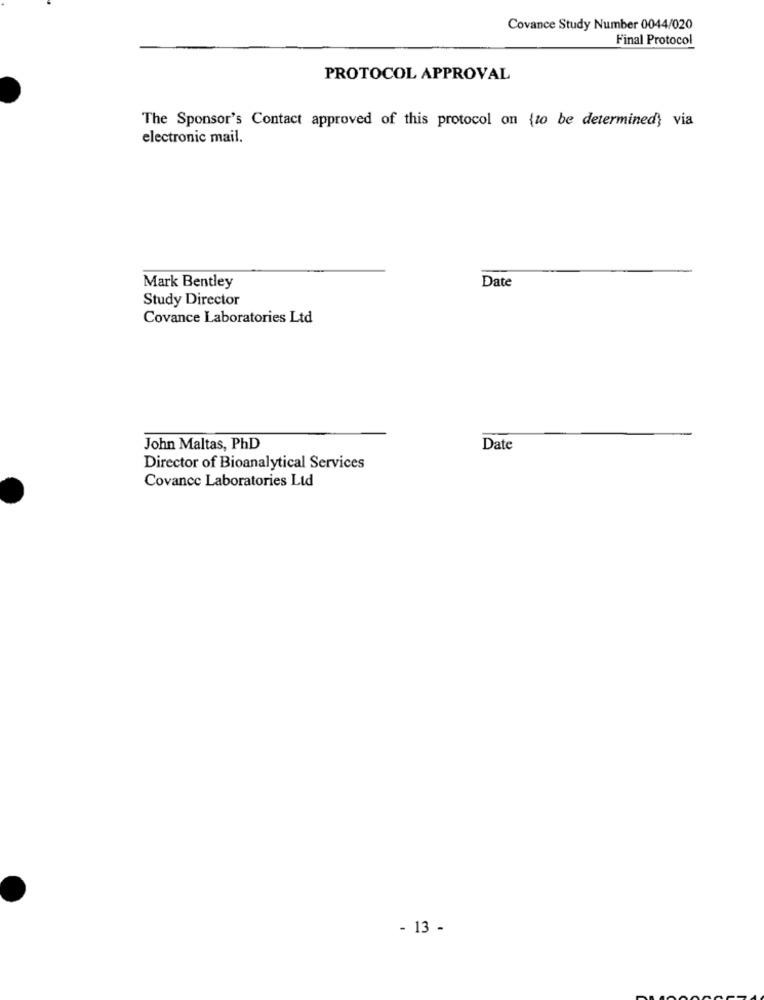
Covance Study Number 0044/020
Final Protocol
PROTOCOL APPROVAL
The Sponsor's Contact approved of this protocol on (to be determined} via
electronic mail.
Mark Bentley
Date
Study Director
Covance Laboratories Ltd
John Maltas, PhD
Date
Director of Bioanalytical Services
Covance Laboratories Ltd
- 13 -